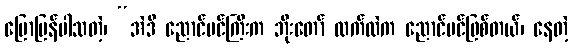
ပြောပြန်ပါသတဲ့၊ “အဲဒီ ညောင်ပင်ကြီးက ဘိုးတော် လက်ထဲက ညောင်ပင်ဖြစ်တယ်၊ နေတဲ့